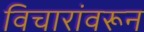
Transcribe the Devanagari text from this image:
विचारांवरून